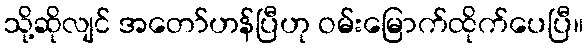
သို့ဆိုလျင် အတော်ဟန်ပြီဟု ဝမ်းမြောက်ထိုက်ပေပြီ။